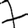
Digit: 7